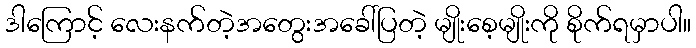
ဒါကြောင့် လေးနက်တဲ့အတွေးအခေါ်ပြတဲ့ မျိုးစေ့မျိုးကို စိုက်ရမှာပါ။